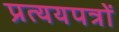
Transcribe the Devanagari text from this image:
प्रत्ययपत्रों